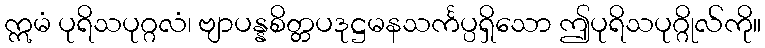
ဣမံ ပုရိသပုဂ္ဂလံ၊ ဗျာပန္နစိတ္တပဒုဋ္ဌမနသင်္ကပ္ပရှိသော ဤပုရိသပုဂ္ဂိုလ်ကို။